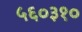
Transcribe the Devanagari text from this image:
५६०३१०